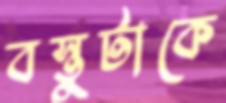
বস্তুটাকে